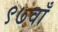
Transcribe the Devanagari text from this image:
९७वाँ